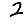
Digit: 2